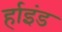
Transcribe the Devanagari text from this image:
र्हाइंड